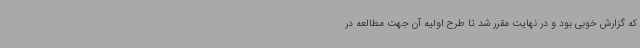
که گزارش خوبی بود و در نهایت مقرر شد تا طرح اولیه آن جهت مطالعه در